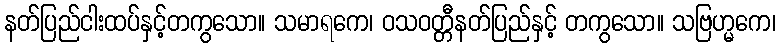
နတ်ပြည်ငါးထပ်နှင့်တကွသော။ သမာရကေ၊ ဝသဝတ္တီနတ်ပြည်နှင့် တကွသော။ သဗြဟ္မကေ၊